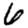
Digit: 6